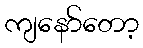
ကျနော်တော့